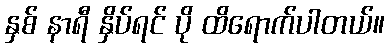
နှစ် နာရီ နှိပ်ရင် ပို ထိရောက်ပါတယ်။